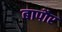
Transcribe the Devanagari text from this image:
बापौर